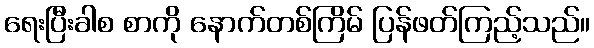
ရေးပြီးခါစ စာကို နောက်တစ်ကြိမ် ပြန်ဖတ်ကြည့်သည်။